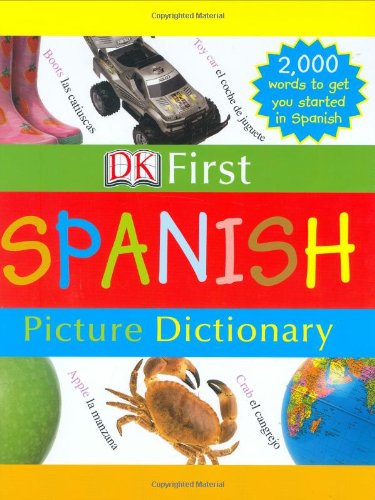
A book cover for DK First Picture Dictionary: Spanish; DK Publishing; Children's Books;